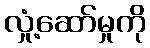
လှုံ့ဆော်မှုကို